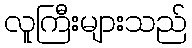
လူကြီးများသည်